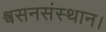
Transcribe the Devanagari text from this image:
श्वसनसंस्थान।